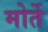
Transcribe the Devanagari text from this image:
मोर्ते